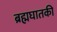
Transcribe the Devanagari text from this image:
ब्रह्मघातकी